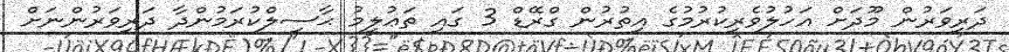
ދަރިވަރުން މޫދަށް އަހުލުވެރިކުރުމުގެ އިތުރުން ގްރޭޑް 3 ގައި ތަޢުލީމު ޙާސިލްކުރަމުންދާ ދަރިވަރުންނަށް